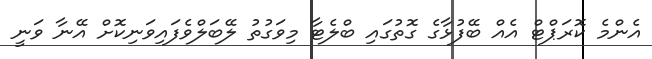
އެންމެ ކޮރަޕްޓް އެއް ބޭފުޅާގެ ގޮތުގައި ބްލެޓާ މިވަގުތު ލޭބަލްވެފައިވަނިކޮށް އޭނާ ވަނީ